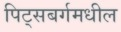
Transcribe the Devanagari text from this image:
पिट्सबर्गमधील